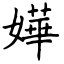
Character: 嬅